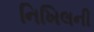
નિખિલની